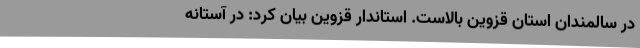
در سالمندان استان قزوین بالاست. استاندار قزوین بیان کرد: در آستانه